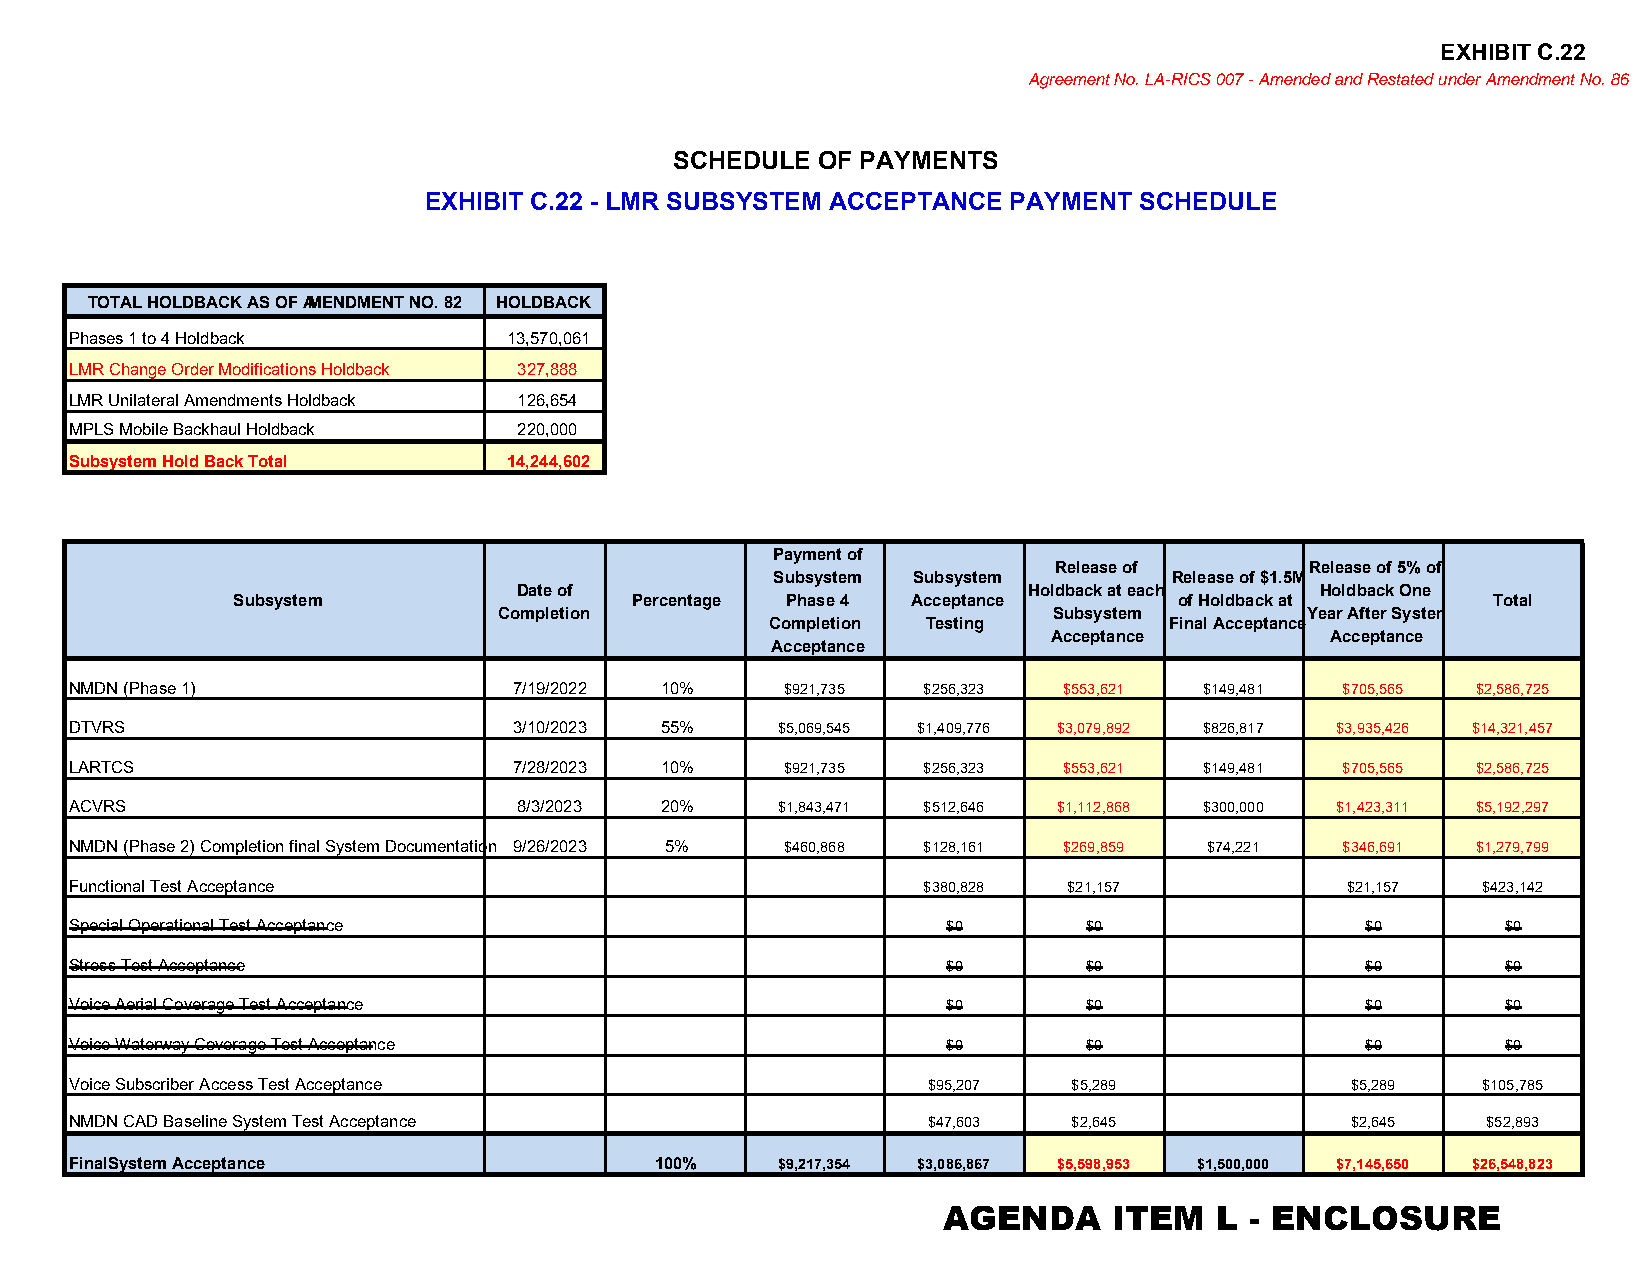
EXHIBIT C.22
 Agreement No. LA-RICS 007 - Amended and Restated under Amendment No. 86
 SCHEDULE OF PAYMENTS
 EXHIBIT C.22 - LMR SUBSYSTEM ACCEPTANCE PAYMENT SCHEDULE
 TOTAL HOLDBACK AS OF AMENDMENT NO. 82 HOLDBACK
 Phases 1 to 4 Holdback       13,570,061
 LMR Change Order Modifications Holdback 327,888
 LMR Unilateral Amendments Holdback 126,654
 MPLS Mobile Backhaul Holdback 220,000
 Subsystem Hold Back Total    14,244,602
 Payment of
 Release of       Release of 5% of
 Subsystem Subsystem        Release of $1.5M
 Date of                           Holdback at each   Holdback One
 Subsystem                  Percentage Phase 4 Acceptance       of Holdback at       Total
 Completion                           Subsystem       Year After System
 Completion Testing        Final Acceptance
 Acceptance        Acceptance
 Acceptance
 NMDN (Phase 1)               7/19/2022 10%     $921,735 $256,323 $553,621  $149,481 $705,565 $2,586,725
 DTVRS                        3/10/2023 55%    $5,069,545 $1,409,776 $3,079,892 $826,817 $3,935,426 $14,321,457
 LARTCS                       7/28/2023 10%     $921,735 $256,323 $553,621  $149,481 $705,565 $2,586,725
 ACVRS                        8/3/2023  20%    $1,843,471 $512,646 $1,112,868 $300,000 $1,423,311 $5,192,297
 NMDN (Phase 2) Completion final System Documentation 9/26/2023 5% $460,868 $128,161 $269,859 $74,221 $346,691 $1,279,799
 Functional Test Acceptance                              $380,828  $21,157           $21,157  $423,142
 Special Operational Test Acceptance                       $0       $0                $0        $0
 Stress Test Acceptance                                    $0       $0                $0        $0
 Voice Aerial Coverage Test Acceptance                     $0       $0                $0        $0
 Voice Waterway Coverage Test Acceptance                   $0       $0                $0        $0
 Voice Subscriber Access Test Acceptance                 $95,207   $5,289            $5,289   $105,785
 NMDN CAD Baseline System Test Acceptance                $47,603   $2,645            $2,645   $52,893
 FinalSystem Acceptance                100%    $9,217,354 $3,086,867 $5,598,953 $1,500,000 $7,145,650 $26,548,823
 AGENDA      ITEM  L  - ENCLOSURE